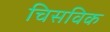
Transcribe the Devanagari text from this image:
चिसविक